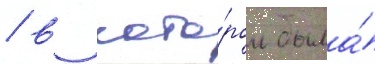
/ в кото́ром была́